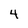
Character: 4